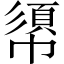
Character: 𢄼